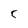
Character: C